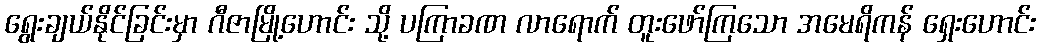
ရွေးချယ်နိုင်ခြင်းမှာ ဂီဇာမြို့ဟောင်း သို့ ပကြာခဏ လာရောက် တူးဖော်ကြသော အမေရိကန် ရှေးဟောင်း